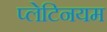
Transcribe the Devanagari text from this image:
प्लेटिनयम